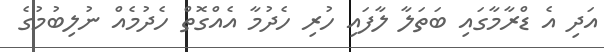
އަދި އެ ޑްރާމާގައި ބަތަލާ ލާފައި ހުރި ހެދުމާ އެއްގޮތް ހެދުމެއް ނުލިބުމުގެ